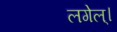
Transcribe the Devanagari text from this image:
लगेल्।